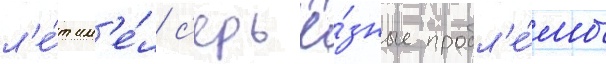
л'е́т им'е́л с'ерьё́зные пробл'е́мы